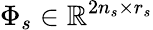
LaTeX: \Phi_{s}\in\mathbb{R}^{2n_{s}\times r_{s}}